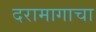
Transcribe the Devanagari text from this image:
दरामागाचा